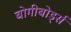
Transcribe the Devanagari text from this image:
बोगीबोर्ड्स